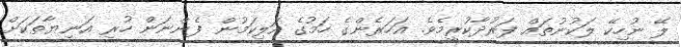
ލޭ ނުހިކޭ ލަކުނުތައް ފަރުދާކުރީމެވެ. އަހަރެންގެ ހަމުގެ އަލިކަމުން ފެންނަން ހުރި އަނިޔާތަކަށް